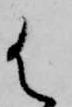
御